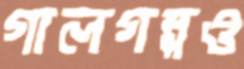
গালগল্পও